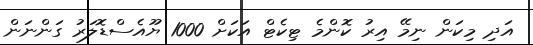
އަދި މިކަން ނިމޭ އިރު ކޮންމެ ޓިކެޓް އަކަށް 1000 ޔޫއެސްޑޮލަރު ގަންނަން